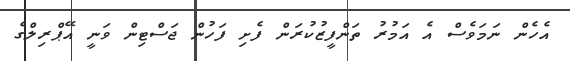
އެހެން ނަމަވެސް އެ އަމުރު ތަންފީޒުކުރަން ފެށި ފަހުން ޖަސްޓިން ވަނީ އޭޕްރިލްގެ